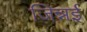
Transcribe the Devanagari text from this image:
जिन्नई